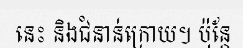
នេះ និងជំនាន់ក្រោយ។ ប៉ុន្តែ